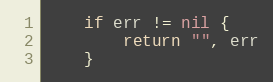
Language: Go
	if err != nil {
		return "", err
	}